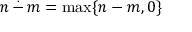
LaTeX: n \, { \stackrel { . } { - } } \, m = \operatorname* { m a x } \{ n - m , 0 \}